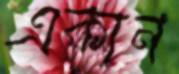
একান